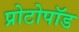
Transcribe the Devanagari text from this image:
प्रोटोपॉड